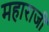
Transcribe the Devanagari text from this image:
महाराजी